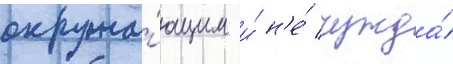
окружа́ющим и́ н'е́ чужда́